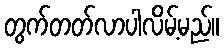
တွက်တတ်လာပါလိမ့်မည်။